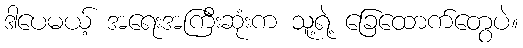
ဒါပေမယ့် အရေးအကြီးဆုံးက သူ့ရဲ့ ခြေထောက်တွေပဲ။